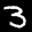
Label: 3